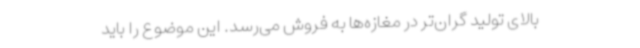
بالای تولید گران‌تر در مغازه‌ها به فروش می‌رسد. این موضوع را باید